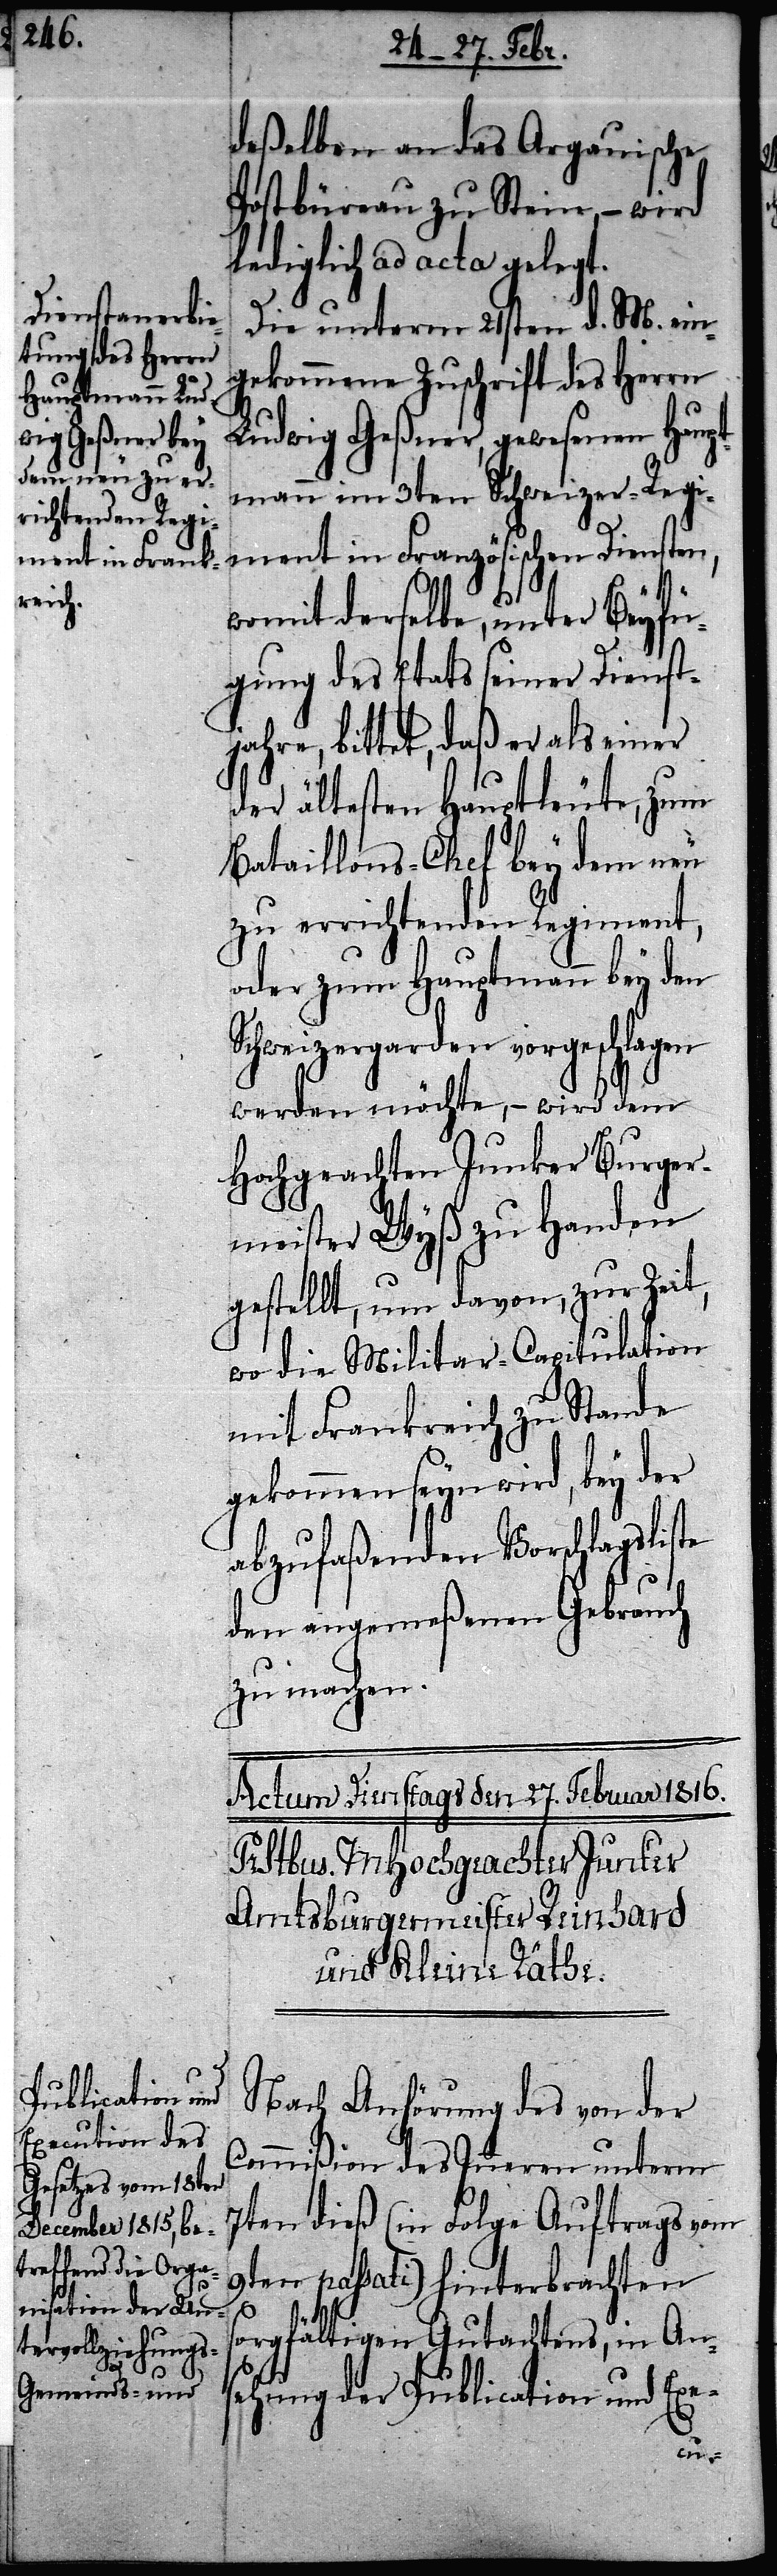
deßelben an das Argauische
Postbüreau zu Stein, – wird
lediglich ad acta gelegt.
Die unterm 21sten d. M. ein¬
gekommene Zuschrift des Herrn
Ludwig Geßner, gewesenen Haupt¬
mann im 3ten Schweizer-Regi¬
ment in Französischen Diensten,
womit derselbe, unter Beyfü¬
gung des Etats seiner Dienst¬
jahre, bittet, daß er als einer
der ältesten Hauptleute, zum
Bataillons-Chef bey dem neu
zu errichtenden Regiment,
oder zum Hauptmann bey den
Schweizergarden vorgeschlagen
werden möchte, – wird dem
Hochgeachten Junker Burger¬
meister Wyß zu Handen
gestellt, um davon, zur Zeit,
wo die Militar-Capitulation
mit Frankreich zu Stande
gekommen seyn wird, bey der
abzufaßenden Vorschlagsliste
den angemeßenen Gebrauch
zu machen.
Publication und
Nach Anhörung des von der
Commißion des Inneren unterm
7ten dieß (in Folge Auftrags vom
9ten passati) hinterbrachten
der
sorgfältigen Gutachtens, in An¬
hung